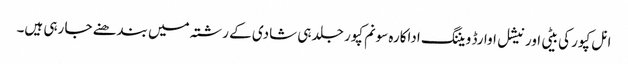
انل کپور کی بیٹی اور نیشل اوارڈ ویننگ اداکارہ سونم کپور جلد ہی شادی کے رشتہ میں بندھنے جا رہی ہیں۔